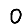
Digit: 0